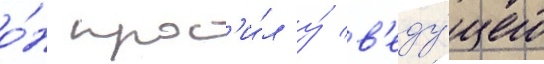
о́н прос'и́л у́ в'еду́щего